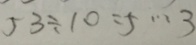
5 3 \div 1 0 = 5 \cdots 3